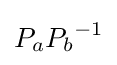
P_{a}{P_{b}}^{-1}